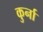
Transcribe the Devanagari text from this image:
कुर्ना